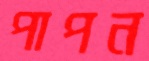
পাপন